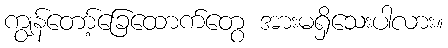
ကျွန်တော့်ခြေထောက်တွေ အားမရှိသေးပါလား။